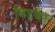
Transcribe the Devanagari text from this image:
मिडबैंड